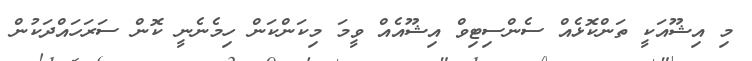
މި އިޝޫއަކީ ތަންކޮޅެއް ސެންސިޓިވް އިޝޫއެއް ވީމަ މިކަންކަން ހިމެނެނީ ކޮން ސަރަހައްދަކުން